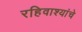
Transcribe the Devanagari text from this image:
रहिवाश्यांचे